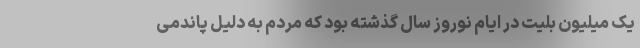
یک میلیون بلیت در ایام نوروز سال گذشته بود که مردم به دلیل پاندمی